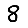
Digit: 8